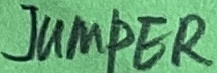
Text: JUMPER